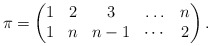
\begin{gather*}\pi= \begin{pmatrix}1& 2& 3& \ldots& n \\1& n& {n-1}& \cdots& 2 \end{pmatrix}.\end{gather*}